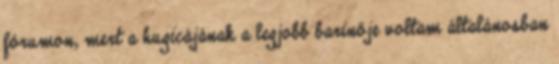
fórumon, mert a hugicájának a legjobb barinője voltam általánosban